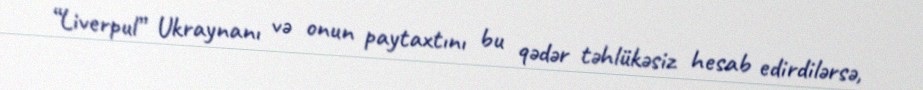
“Liverpul” Ukraynanı və onun paytaxtını bu qədər təhlükəsiz hesab edirdilərsə,